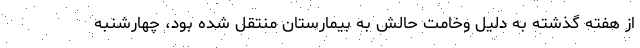
از هفته گذشته به دلیل وخامت حالش به بیمارستان منتقل شده بود، چهارشنبه